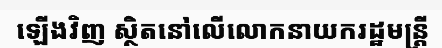
ឡើងវិញ ស្ថិតនៅលើលោកនាយករដ្ឋមន្ត្រី